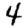
Digit: 4